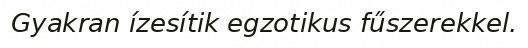
Gyakran ízesítik egzotikus fűszerekkel.